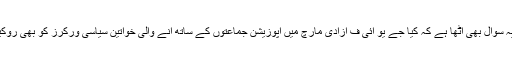
خواتین صحافیوں کے ساتھ برتے گئے صنفی امتیاز پر یہ سوال بھی اٹھا ہے کہ کیا جے یو آئی ف آزادی مارچ میں اپوزیشن جماعتوں کے ساتھ آنے والی خواتین سیاسی ورکرز کو بھی روکیں گے اور اس پر اپوزیشن جماعتوں کا ردعمل کیا ہوگا؟